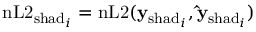
\mathrm { n L 2 } _ { \mathrm { s h a d } _ { i } } = \mathrm { n L 2 } ( \mathbf { y } _ { \mathrm { s h a d } _ { i } } , \mathbf { \hat { y } } _ { \mathrm { s h a d } _ { i } } )